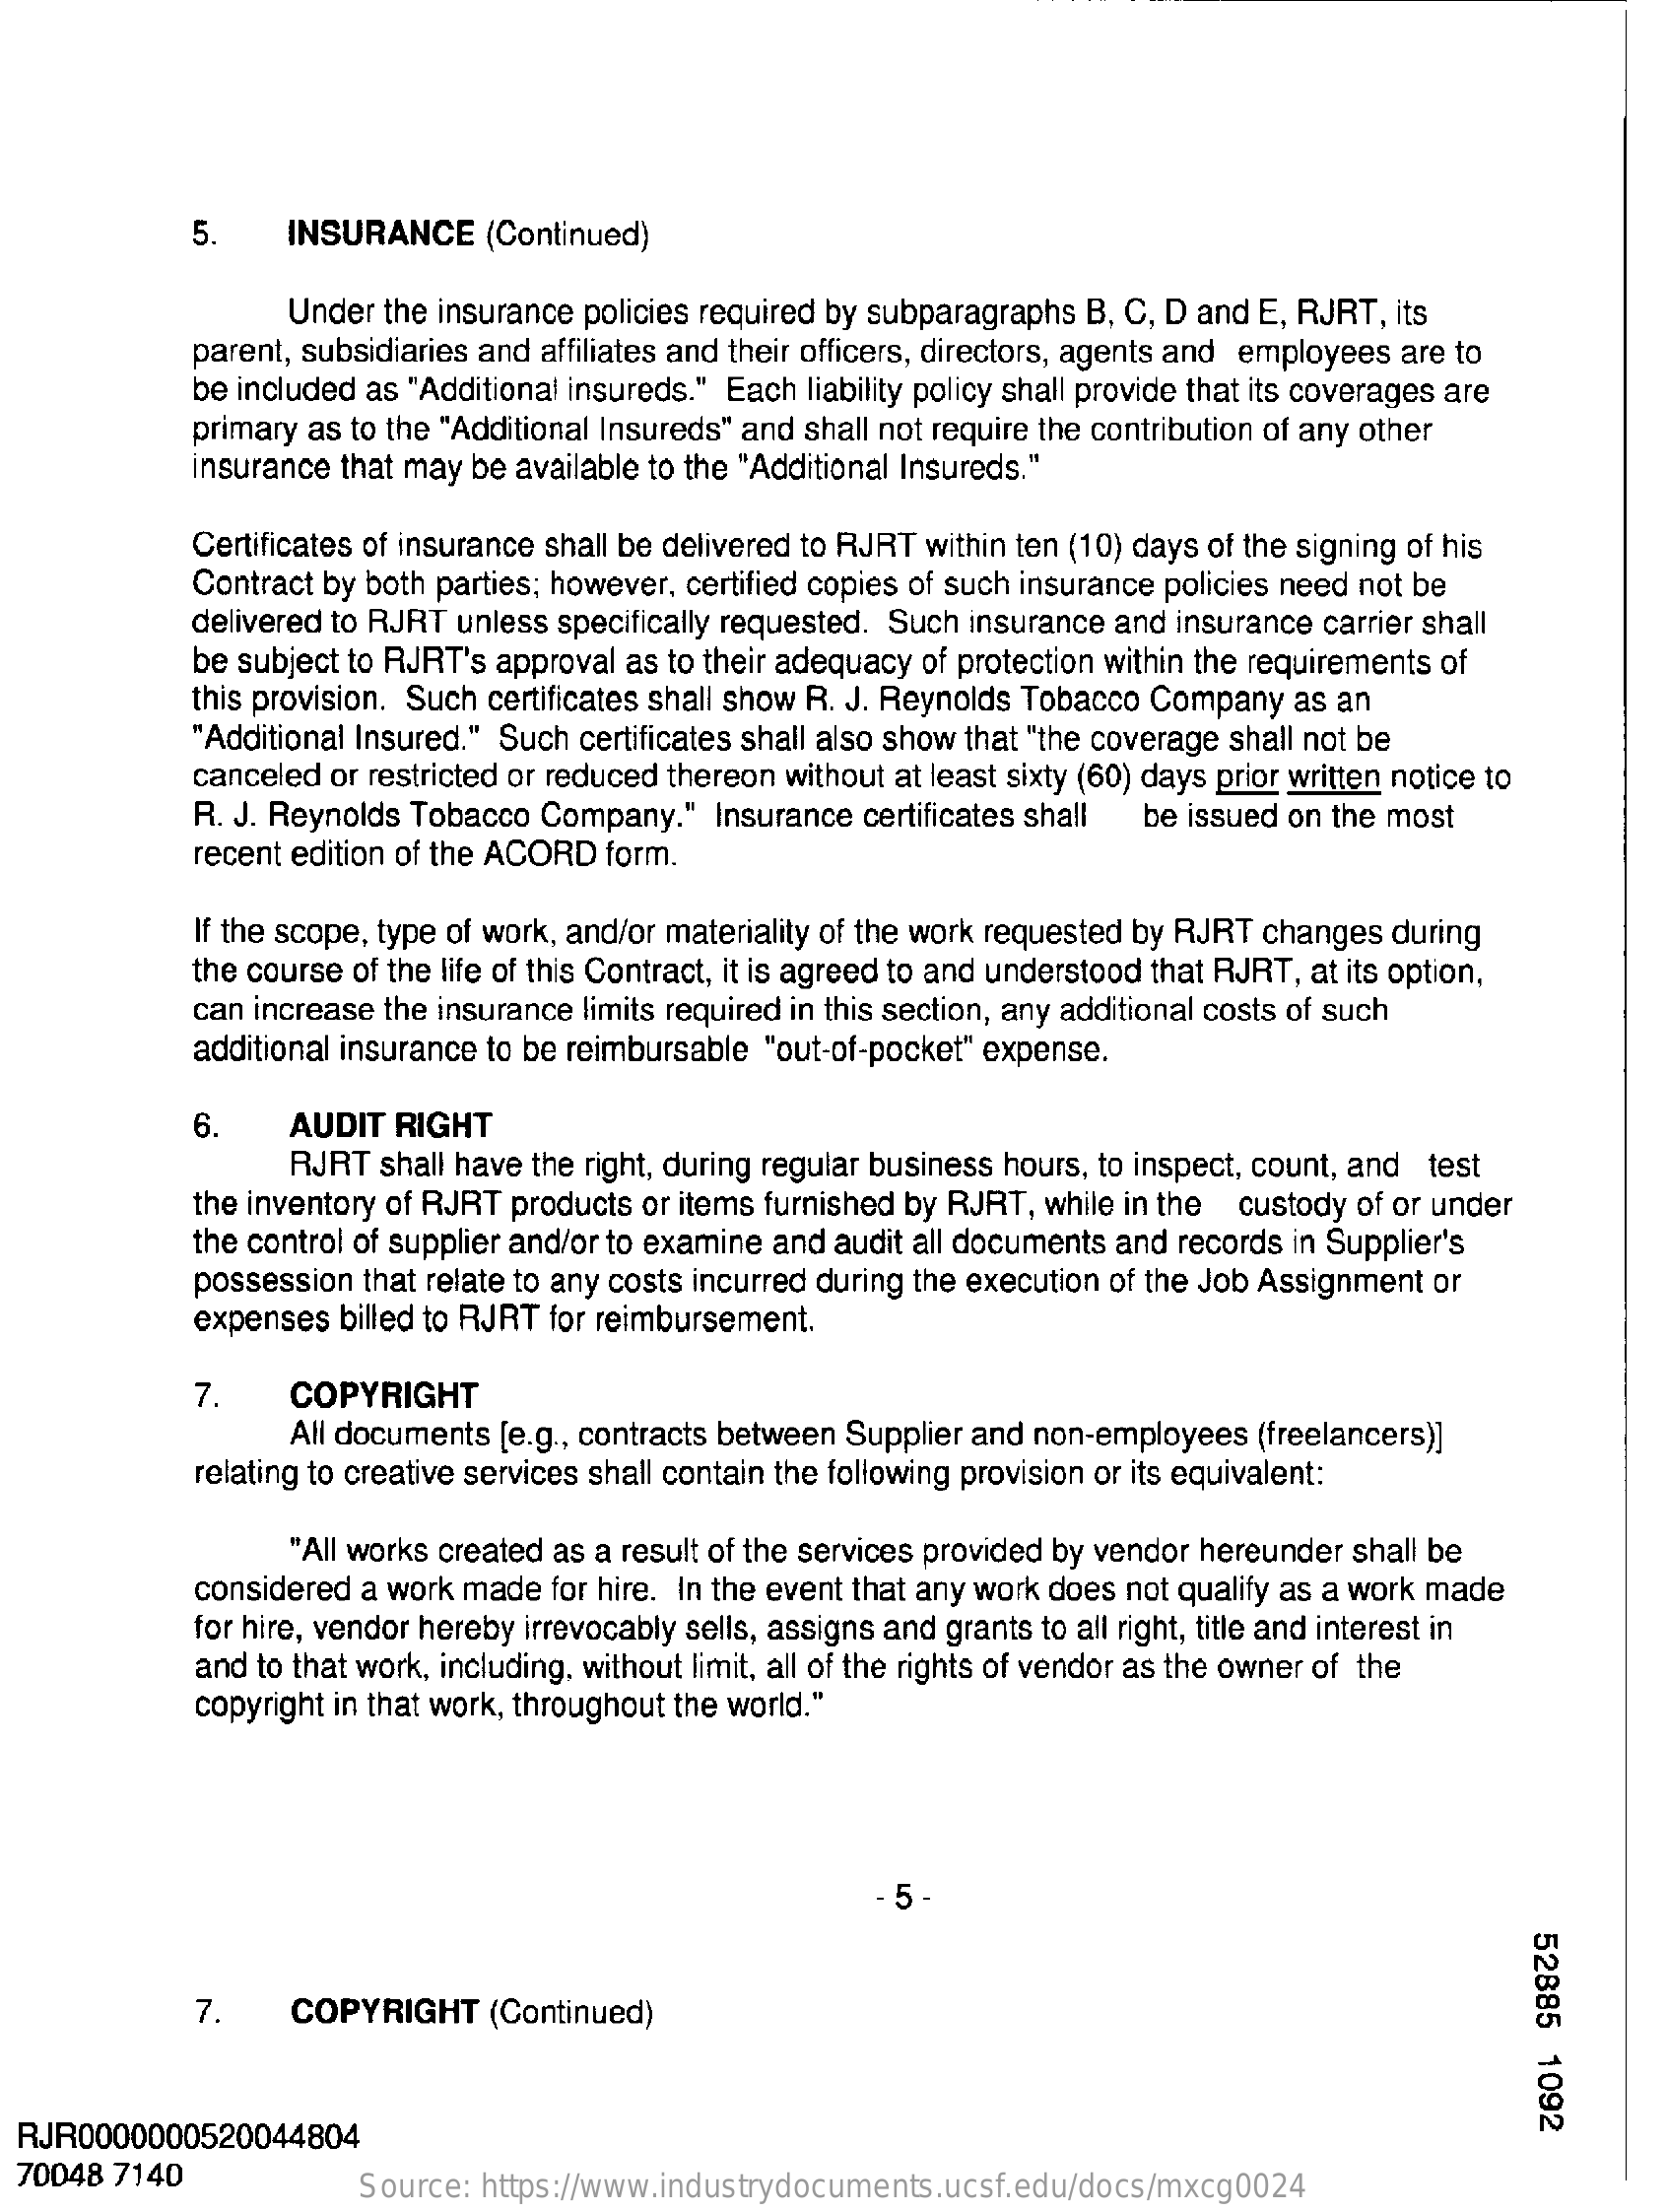
5.   INSURANCE   (Continued)
     Under the insurance policies required by subparagraphs B, C, D and E, RJRT, its
     parent, subsidiaries and affiliates and their officers, directors, agents and employees are to
     be included as "Additional insureds." Each liability policy shall provide that its coverages are
     primary as to the "Additional Insureds" and shall not require the contribution of any other
     insurance that may be available to the "Additional Insureds."
     Certificates of insurance shall be delivered to RJRT within ten (10) days of the signing of his
     Contract by both parties; however, certified copies of such insurance policies need not be
     delivered to RJRT unless specifically requested. Such insurance and insurance carrier shall
     be subject to RJRT's approval as to their adequacy of protection within the requirements of
     this provision. Such certificates shall show R. J. Reynolds Tobacco Company as an
     "Additional Insured." Such certificates shall also show that "the coverage shall not be
     canceled or restricted or reduced thereon without at least sixty (60) days prior written notice to
     R. J. Reynolds Tobacco Company." Insurance certificates shall be issued on the most
     recent edition of the ACORD form.
     If the scope, type of work, and/or materiality of the work requested by RJRT changes during
     the course of the life of this Contract, it is agreed to and understood that RJRT, at its option,
     can increase the insurance limits required in this section, any additional costs of such
     additional insurance to be reimbursable "out-of-pocket" expense.
     6.    AUDIT RIGHT
     RJRT shall have the right, during regular business hours, to inspect, count, and test
     the inventory of RJRT products or items furnished by RJRT, while in the custody of or under
     the control of supplier and/or to examine and audit all documents and records in Supplier's
     possession that relate to any costs incurred during the execution of the Job Assignment or
     expenses billed to RJRT for reimbursement.
     7.   COPYRIGHT
     All documents [e.g ., contracts between Supplier and non-employees (freelancers)]
     relating to creative services shall contain the following provision or its equivalent:
     "All works created as a result of the services provided by vendor hereunder shall be
     considered a work made for hire. In the event that any work does not qualify as a work made
     for hire, vendor hereby irrevocably sells, assigns and grants to all right, title and interest in
     and to that work, including, without limit, all of the rights of vendor as the owner of the
     copyright in that work, throughout the world."
     - 5
     52885
     1092
     7.   COPYRIGHT    (Continued)
  RJR0000000520044804
  70048 7140
     Source: https://www.industrydocuments.ucsf.edu/docs/mxcg0024